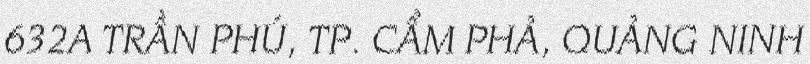
632A TRẦN PHÚ, TP. CẨM PHẢ, QUẢNG NINH